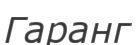
Гаранг